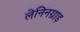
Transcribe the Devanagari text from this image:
लेनिनग्राड़